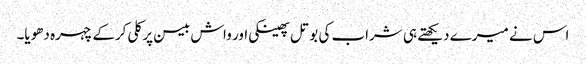
اس نے میرے دیکھتے ہی شراب کی بوتل پھینکی اور واش بیسن پر کلی کرکے چہرہ دھویا۔